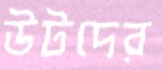
উটদের